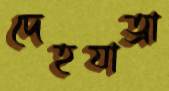
দেহযাত্রা